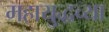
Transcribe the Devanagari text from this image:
महायुद्धच्या